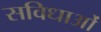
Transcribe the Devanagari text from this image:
सविधाओं